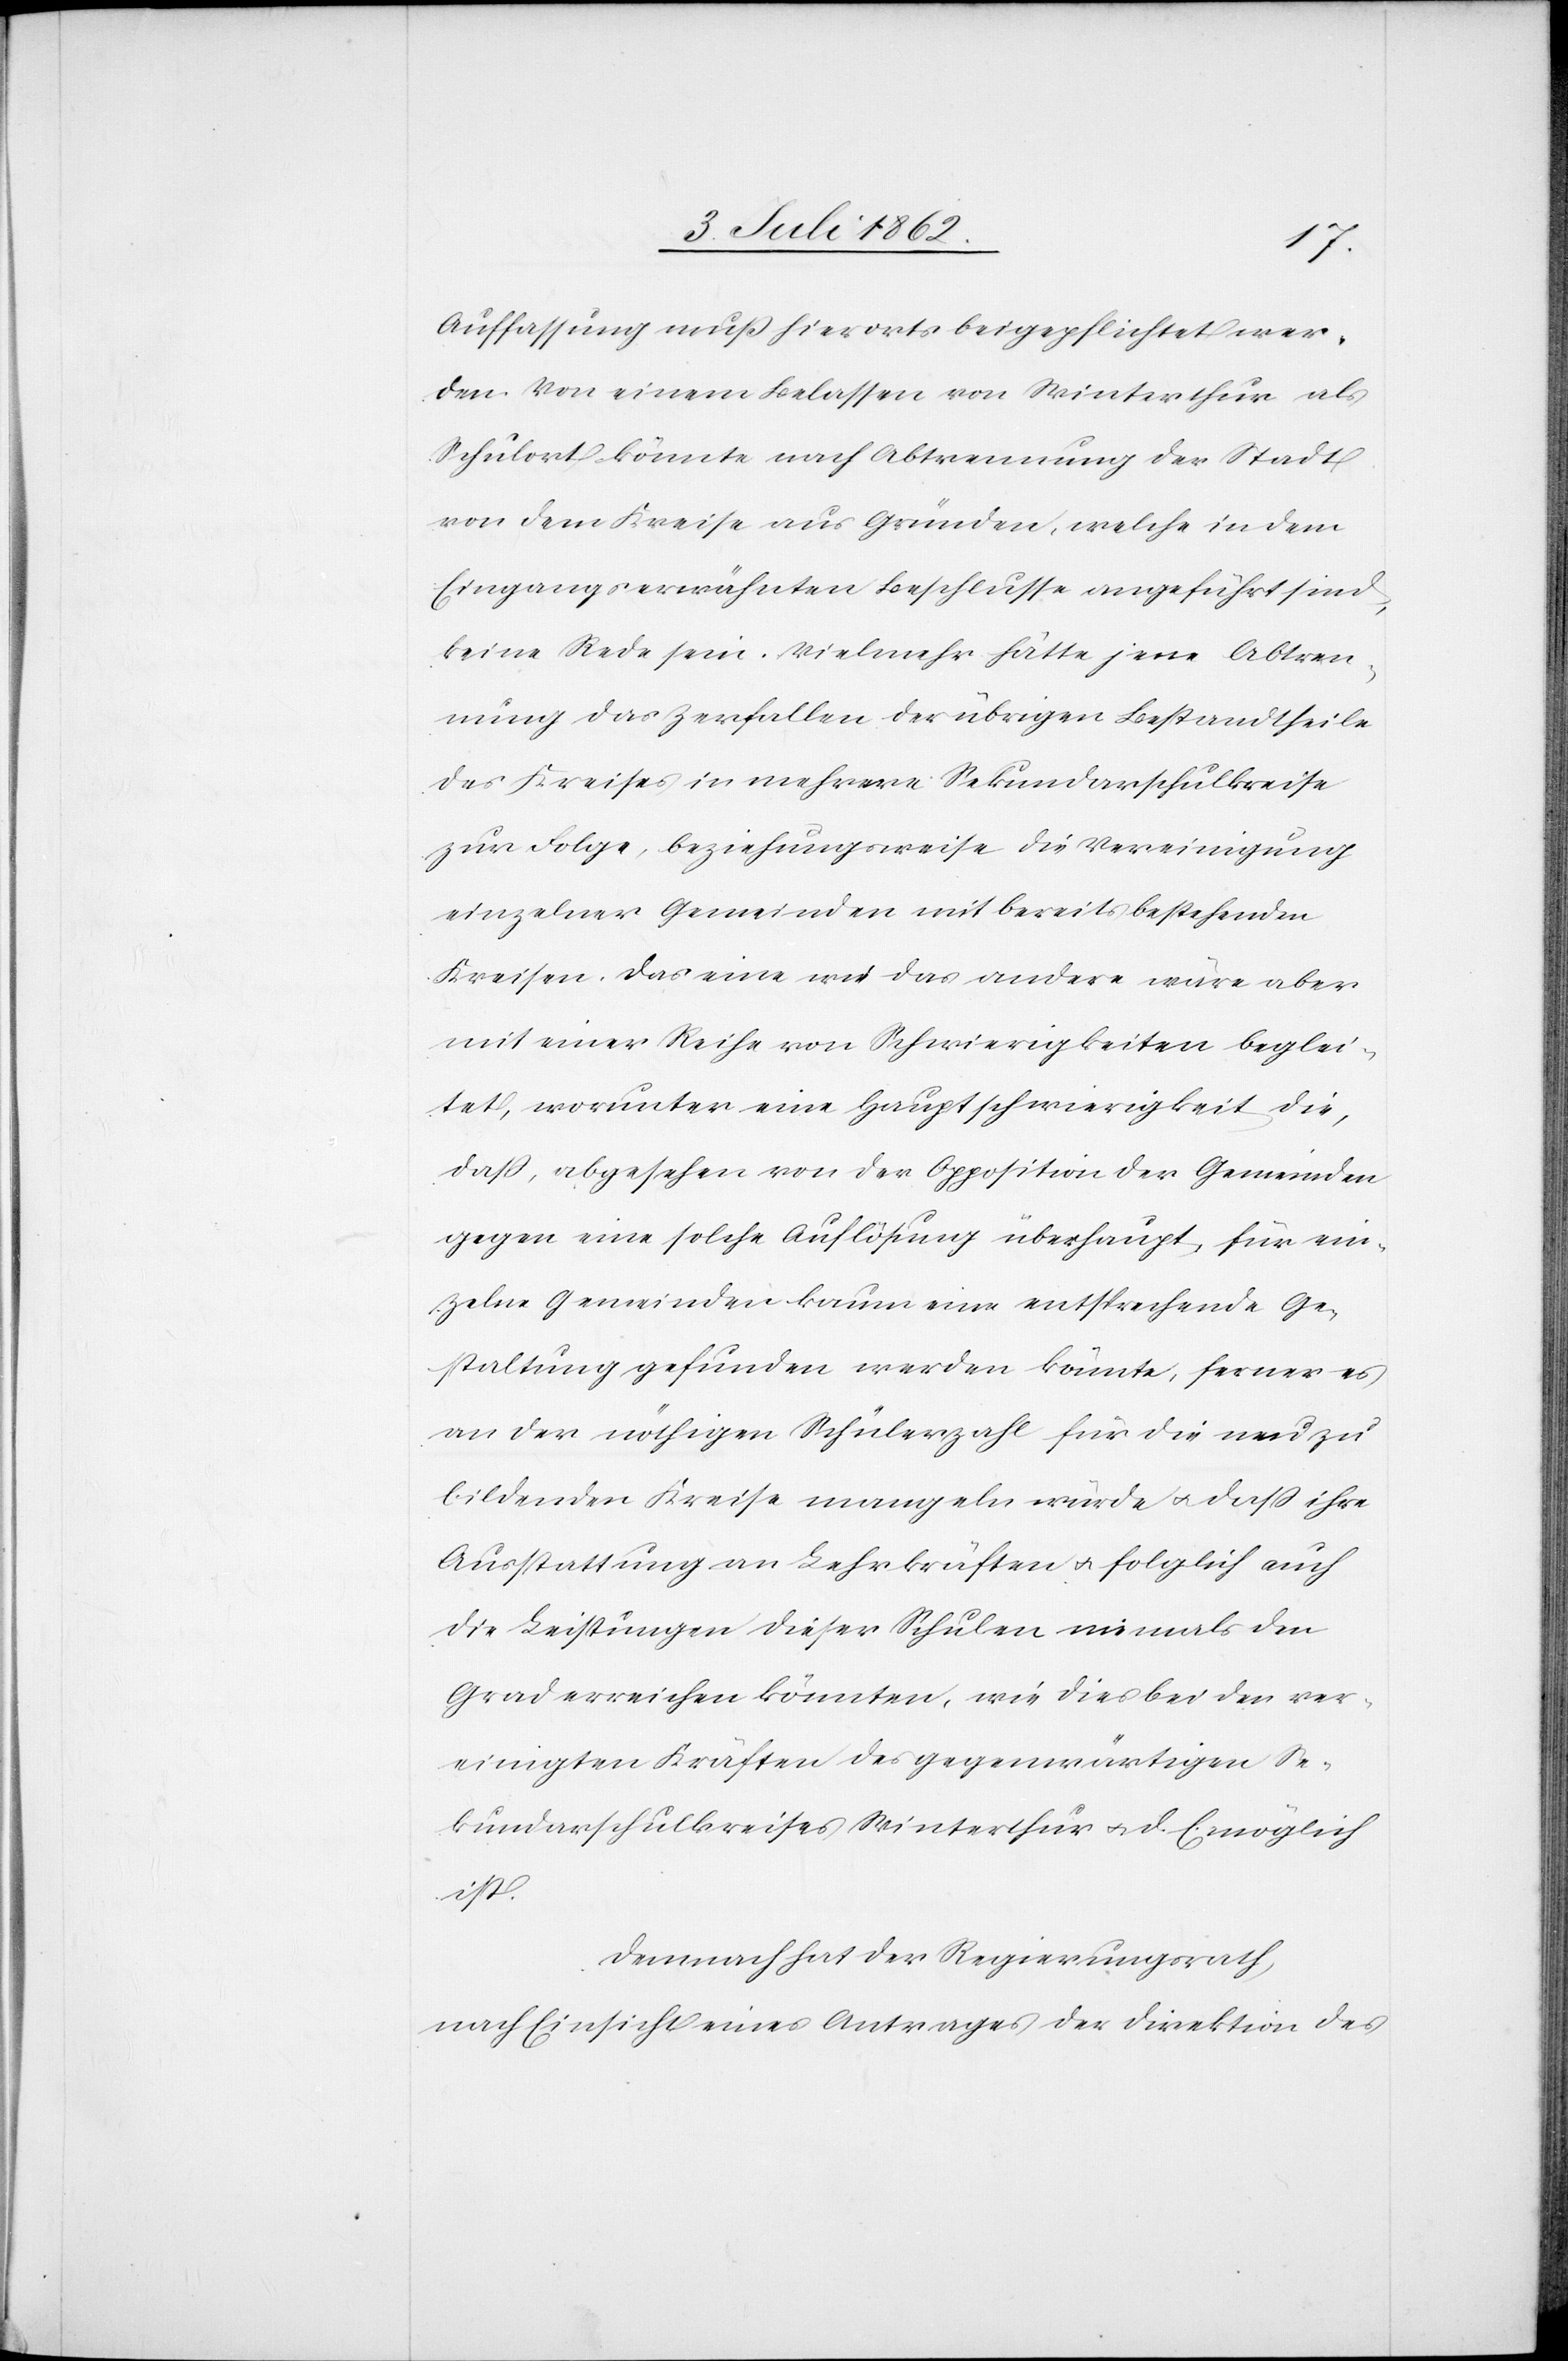
Auffassung muß hierorts beigepflichtet wer¬
den. Von einem Belassen von Winterthur als
Schulort könnte nach Abtrennung der Stadt
von dem Kreise aus Gründen, welche in dem
Eingangserwähnten Beschlusse angeführt sind,
keine Rede sein. Vielmehr hätte jene Abtren¬
nung das Zerfallen der übrigen Bestandtheile
des Kreises in mehrere Sekundarschulkreise
zur Folge, beziehungsweise die Vereinigung
einzelner Gemeinden mit bereits bestehenden
Kreisen. Das eine wie das andere wäre aber
mit einer Reihe von Schwierigkeiten beglei¬
tet, worunter eine Hauptschwierigkeit die,
daß, abgesehen von der Opposition der Gemeinden
gegen eine solche Auflösung überhaupt, für ein¬
zelne Gemeinden kaum eine entsprechende Ge¬
staltung gefunden werden könnte, ferner es
an der nöthigen Schülerzahl für die neu zu
bildenden Kreise mangeln würde u. daß ihre
Ausstattung an Lehrkräften u. folglich auch
die Leistungen dieser Schulen niemals den
Grad erreichen könnten, wie dieß bei den ver¬
einigten Kräften des gegenwärtigen Se¬
kundarschulkreises Winterthur u. d. E. möglich
ist.
Demnach hat der Regierungsrath,
nach Einsicht eines Antrages der Direktion des